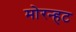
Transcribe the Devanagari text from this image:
मोरन्हट